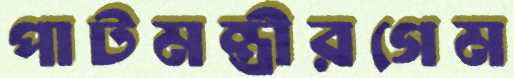
পাটমন্ত্রীরগেম